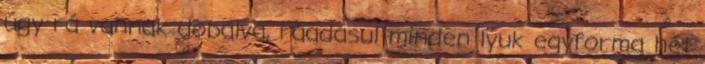
úgy rá vannak dobálva, ráadásul minden lyuk egyforma hét